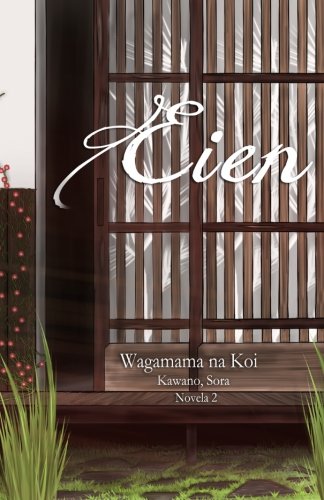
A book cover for Wagamama na Koi, Eien: Eien (Volume 2) (Spanish Edition); Sora Kawano; Comics & Graphic Novels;